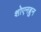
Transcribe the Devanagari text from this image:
शोएनब्रुन